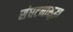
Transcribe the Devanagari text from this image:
संघटनासुद्धा